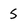
Character: 5